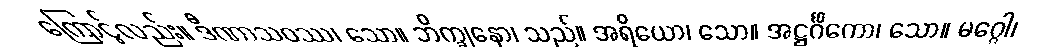
ကြောင့်လည်း။ ဒီဏာသဝဿ၊ သော။ ဘိက္ခုနော၊ သည်။ အရိယော၊ သော။ အဋ္ဌင်္ဂိကော၊ သော။ မဂ္ဂေါ၊